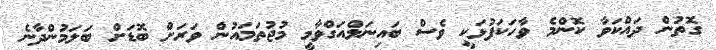
ގޮތުން ދައްކަވާ ކޮންމެ ވާހަކަފުޅަކީ ވެސް ބައިނަލްއަގްވާމީ މުޖުތަމައުން ވަރަށް ބޮޑަށް ބަލަމުންދާނެ